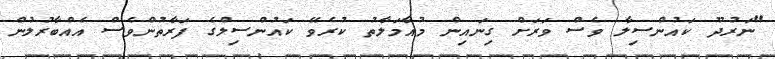
"ނަރުދޫ ކައުންސިލާ ވެސް ވަރަށް ގިނައިން މުއާމަލާތު ކުރެވޭ ކައުންސިލްގެ ފަރާތުންވެސް އެއްބާރުލުން